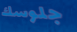
جلوسك